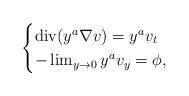
LaTeX: \begin{align*}\begin{cases}\operatorname{div}(y^a \nabla v)= y^a v_t\\- \lim_{y \to 0} y^a v_y= \phi,\end{cases}\end{align*}